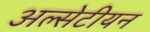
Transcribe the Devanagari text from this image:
अल्सेटीयन